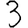
Digit: 3